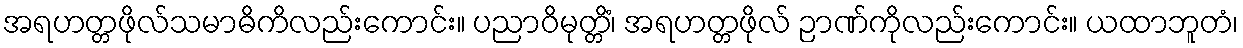
အရဟတ္တဖိုလ်သမာဓိကိလည်းကောင်း။ ပညာဝိမုတ္တိံ၊ အရဟတ္တဖိုလ် ဉာဏ်ကိုလည်းကောင်း။ ယထာဘူတံ၊